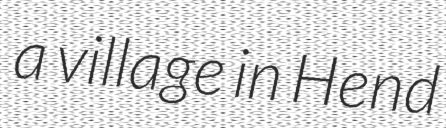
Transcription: a village in Hend